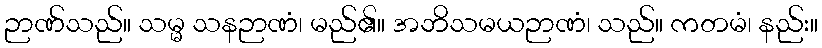
ဉာဏ်သည်။ သမ္မ သနဉာဏံ၊ မည်၏။ အဘိသမယဉာဏံ၊ သည်။ ကတမံ၊ နည်း။